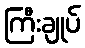
ကြီးချုပ်